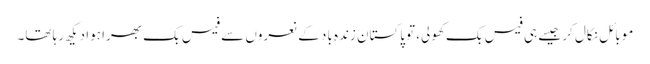
موبائل نکال کر جیسے ہی فیس بک کھولی، توپاکستان زندہ باد کے نعروں سے فیس بک بھرا ہوا دیکھ رہا تھا۔